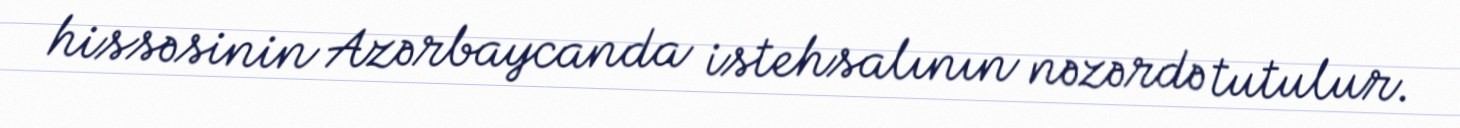
hissəsinin Azərbaycanda istehsalının nəzərdə tutulur.